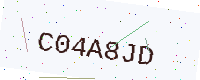
Text: C04A8JD